Report of the Indian Hemp Drugs Commission, 1894-1895 - Volume II
Year: 1894
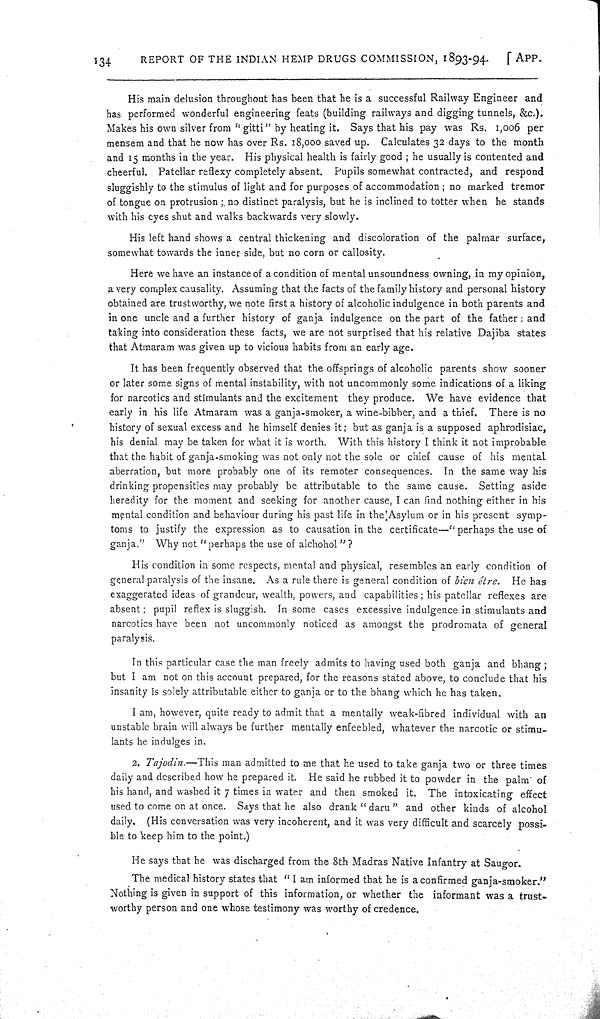
134
REPORT OF THE INDIAN HEMP DRUGS COMMISSION, 1893-94.
[APP.
His main delusion throughout has been that he is a successful Railway Engineer and
has performed wonderful engineering feats (building railways and digging tunnels, &c.).
Makes his own silver from "gitti" by heating it. Says that his pay was Rs. 1,006 per
mensem and that he now has over Rs. 18,000 saved up. Calculates 32 days to the month
and 15 months in the year. His physical health is fairly, good; he usually is contented and
cheerful. Patellar reflexy completely absent. Pupils somewhat contracted, and respond
sluggishly to the stimulus of light and for purposes of accommodation; no marked tremor
of tongue on protrusion; no distinct paralysis, but he is inclined to totter when he stands
with his eyes shut and walks backwards very slowly.
His left hand shows a central thickening and discoloration of the palmar surface,
somewhat towards the inner side, but no corn or callosity.
Here we have an instance of a condition of mental unsoundness owning, in my opinion,
a very complex causality. Assuming that the facts of the family history and personal history
obtained are trustworthy, we note first a history of alcoholic indulgence in both parents and
in one uncle and a further history of ganja indulgence on the part of the father: and
taking into consideration these facts, we are not surprised that his relative Dajiba states
that Atmaram was given up to vicious habits from an early age.
It has been frequently observed that the offsprings of alcoholic parents show sooner
or later some signs of mental instability, with not uncommonly some indications of a liking
for narcotics and stimulants and the excitement they produce. We have evidence that
early in his life Atmaram was a ganja-smoker, a wine-bibber, and a thief. There is no
history of sexual excess and he himself denies it; but as ganja is a supposed aphrodisiac,
his denial may be taken for what it is worth. With this history I think it not improbable
that the habit of ganja-smoking was not only not the sole or chief cause of his mental
aberration, but more probably one of its remoter consequences. In the same way his
drinking propensities may probably be attributable to the same cause. Setting aside
heredity for the moment and seeking for another cause, I can find nothing either in his
mental condition and behaviour during his past life in the Asylum or in his present symp-
toms to justify the expression as to causation in the certificate—"perhaps the use of
ganja." Why not "perhaps the use of alchohol"?
His condition in some respects, mental and physical, resembles an early condition of
general paralysis of the insane. As a rule there is general condition of bien être. He has
exaggerated ideas of grandeur, wealth, powers, and capabilities; his patellar reflexes are
absent; pupil reflex is sluggish. In some cases excessive indulgence in stimulants and
narcotics have been not uncommonly noticed as amongst the prodromata of general
paralysis.
In this particular case the man freely admits to having used both ganja and bhang;
but I am not on this account prepared, for the reasons stated above, to conclude that his
insanity is solely attributable either to ganja or to the bhang which he has taken.
I am, however, quite ready to admit that a mentally weak-fibred individual with an
unstable brain will always be further mentally enfeebled, whatever the narcotic or stimu-
lants he indulges in.
2. Tajodin.—This man admitted to me that he used to take ganja two or three times
daily and described how he prepared it. He said he rubbed it to powder in the palm of
his hand, and washed it 7 times in water and then smoked it. The intoxicating effect
used to come on at once. Says that he also drank "daru" and other kinds of alcohol
daily. (His conversation was very incoherent, and it was very difficult and scarcely possi-
ble to keep him to the point.)
He says that he was discharged from the 8th Madras Native Infantry at Saugor.
The medical history states that "I am informed that he is a confirmed ganja-smoker."
Nothing is given in support of this information, or whether the informant was a trust-
worthy person and one whose testimony was worthy of credence.